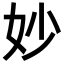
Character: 妙